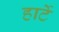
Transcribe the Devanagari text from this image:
हार्टे